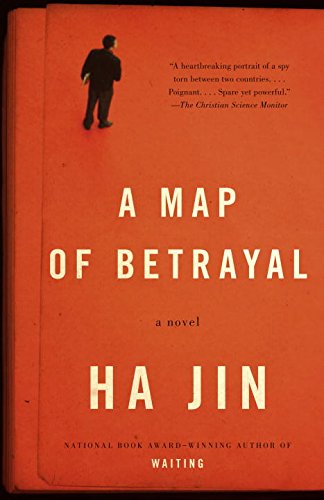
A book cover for A Map of Betrayal: A Novel (Vintage International); Ha Jin; Literature & Fiction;